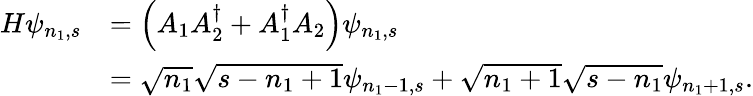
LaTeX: \begin{array}{rl}{H\psi_{n_{1},s}}&{=\left(A_{1}A_{2}^{\dagger}+A_{1}^{\dagger}A_{2}\right)\psi_{n_{1},s}}\\ &{=\sqrt{n_{1}}\sqrt{s-n_{1}+1}\psi_{n_{1}-1,s}+\sqrt{n_{1}+1}\sqrt{s-n_{1}}\psi_{n_{1}+1,s}.}\end{array}